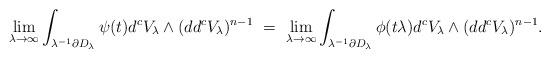
LaTeX: \begin{align*}\lim_{\lambda\to \infty}\int_{\lambda^{-1}\partial D_{\lambda}}\psi(t)d^cV_{\lambda}\wedge(dd^cV_{\lambda})^{n-1}\ = \ \lim_{\lambda\to \infty}\int_{\lambda^{-1}\partial D_{\lambda}}\phi(t\lambda)d^cV_{\lambda}\wedge(dd^cV_{\lambda})^{n-1}.\end{align*}